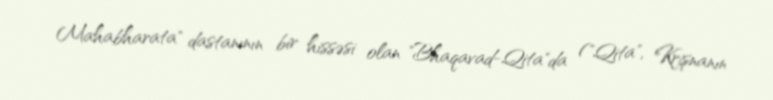
Mahabharata" dastanının bir hissəsi olan "Bhaqavad-Qita"da ("Qita", Krişnanın